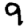
Digit: 9